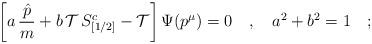
LaTeX: \begin{align*}\left [a \,{\hat p \over m} + b \,{\cal T} \,S^c_{[1/2]}- {\cal T}\right ]\Psi (p^\mu) = 0\quad,\quad a^2 +b^2 =1\quad;\end{align*}